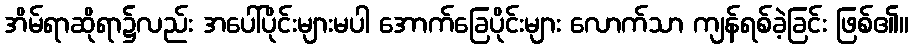
အိမ်ရာဆိုရာ၌လည်း အပေါ်ပိုင်းများမပါ အောက်ခြေပိုင်းများ လောက်သာ ကျန်ရစ်ခဲ့ခြင်း ဖြစ်၏။